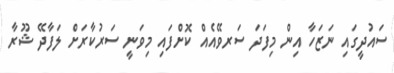
ސައުދީގައި ނަޒަހާ އިން މިފަދަ ސަރވޭއެއް ކޮށްފައި މިވަނީ ސަރުކާރަށް ލަފާދޭ ޝޫރާ